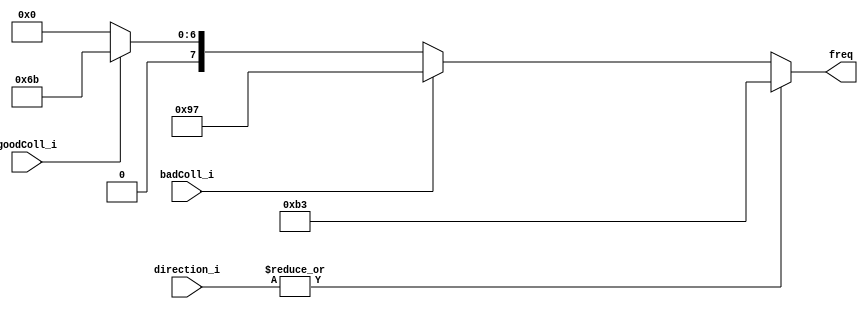
`default_nettype none
module t09_freq_selector_12M (
	goodColl_i,
	badColl_i,
	direction_i,
	freq
);
	reg _sv2v_0;
	input wire goodColl_i;
	input wire badColl_i;
	input wire [3:0] direction_i;
	output reg [7:0] freq;
	always @(*) begin
		if (_sv2v_0)
			;
		freq = 0;
		if (goodColl_i)
			freq = 8'd107;
		if (badColl_i)
			freq = 8'd151;
		if (|direction_i)
			freq = 8'd179;
	end
	initial _sv2v_0 = 0;
endmodule